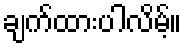
ချက်ထားပါလိမ့်။